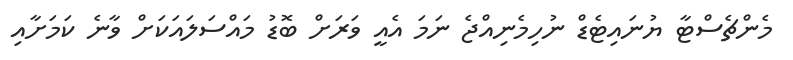
މެންޗެސްޓާ ޔުނައިޓެޑް ނުހިމެނިއްޖެ ނަމަ އެއީ ވަރަށް ބޮޑު މައްސަލައަކަށް ވާނެ ކަމަށާއި